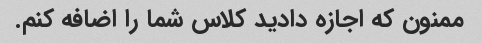
ممنون که اجازه دادید کلاس شما را اضافه کنم.